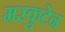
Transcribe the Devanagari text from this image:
मस्कुटेन